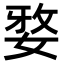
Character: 𭒀